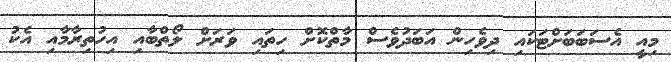
މިއީ އެސަބަބަށްޓަކައި ދިވެހިން އަބަދުވެސް މާތްކޮށް ހިތައި ވަރަށް ލޯތްބާއި އިހުތިރާމާއި އެކު